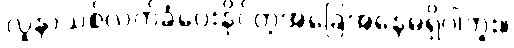
လူနာသစ်လက်ခံပေးနိုင်တဲ့အခြေအနေမရှိပါဘူး။